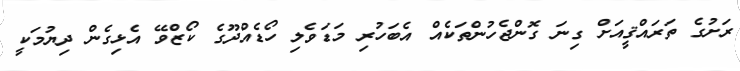
ރަށުގެ ތަރައްޤީއަށް ގިނަ ގޮންޖެހުންތަކެއް އެބަހުރި މަޑަވެލި ހޯޑެއްދޫގެ ކޯޒްވޭ އެޅިގެން ދިޔުމަކީ